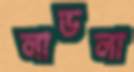
লাডলা